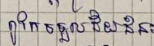
ពូកែទទួលជ័យជម្នះ